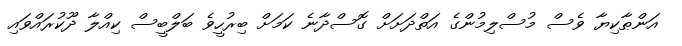
އަންޠާކިޔާ ވެސް މުސްލިމުންގެ އަތްދަށަށް ގޮސްދާނެ ކަމަށް ބިރުހީވެ ބަލްބީސް ކިއްލާ ދޫކުރައްވައި